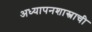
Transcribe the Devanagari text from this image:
अध्यापनशास्त्राची